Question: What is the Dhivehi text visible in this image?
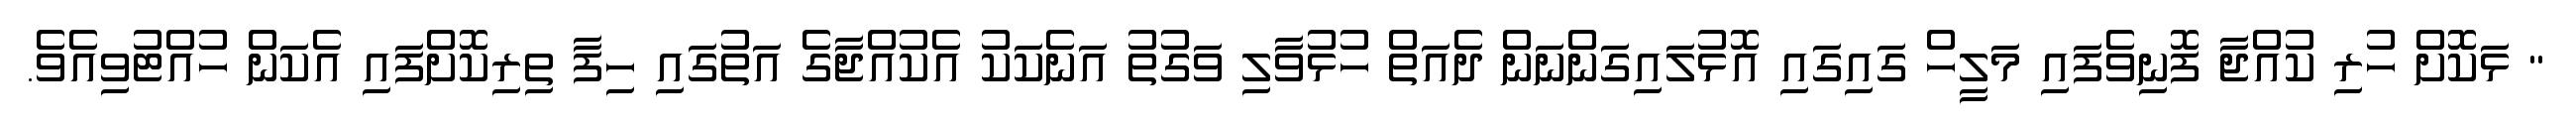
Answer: " ޅަކޮށް ހުރި ކުއްޖާ ފޮނިވެފައި މަލީހް ގައިގައި އޮޅުލައިގަންނަން ދެއަތް ހުޅުވާލި ވަގުތު އަނެކަކު އެކުއްޖާގެ އަތުގައި ހިފާ ތިރިކޮށްފައި އެކަން ހުއްޓުވިއެވެ.